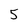
Character: 5